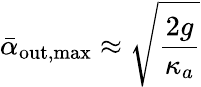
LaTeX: \bar{\alpha}_{\mathrm{out,max}}\approx\sqrt{\frac{2g}{\kappa_{a}}}